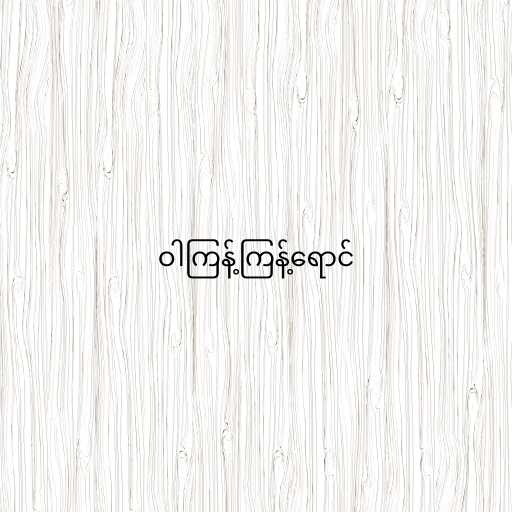
ဝါကြန့်ကြန့်ရောင်